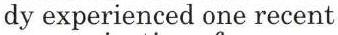
dy experienced one recent